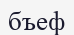
бъеф